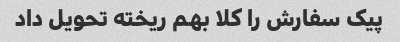
پیک سفارش را کلا بهم ریخته تحویل داد